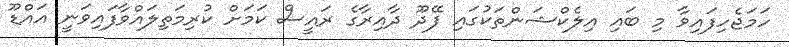
ހަމަޖެހިފައިވާ މި ބައި އިލެކްޝަންތަކުގައި ފޭދޫ ދާއިރާގެ ރައީސް ކަމަށް ކުރިމަތިލައްވާފައިވަނީ އައްޑޫ